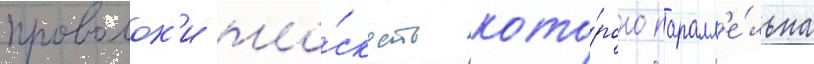
проволок'и пло́скость кото́рого паралл'е́льна